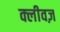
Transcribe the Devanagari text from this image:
क्लीवज़